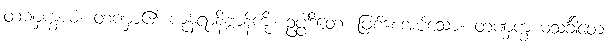
တဏှက္ခယံ၊ တဏှာ၏ ကုန်ရာနိဗ္ဗာန်ကို။ ဥပ္ပါဒိတေ၊ ဖြစ်စေအပ်သော။ တဏှက္ခယသင်္ခါတေ၊